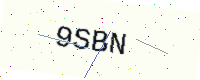
Text: 9SBN